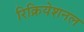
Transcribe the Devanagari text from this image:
रिक्रियेशनल